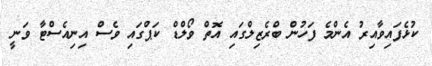
ކުޅެފައިވާއިރު އެންމެ ފަހުން ބްރެޒިލްގައި އޮތް ވޯލްޑް ކަޕްގައި ވެސް އިނިއެސްޓާ ވަނީ